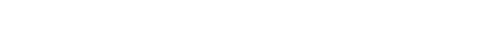
သူတို့ မျက်လုံးများတွင် အကြည့်တစ်မျိုး ပေါ်နေသည်။